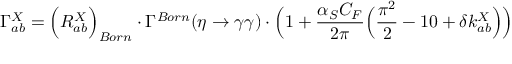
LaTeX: \Gamma _ { a b } ^ { X } = \Big ( R _ { a b } ^ { X } \Big ) _ { B o r n } \cdot \Gamma ^ { B o r n } ( \eta \to \gamma \gamma ) \cdot \Big ( 1 + \frac { \alpha _ { S } C _ { F } } { 2 \pi } \Big ( \frac { \pi ^ { 2 } } { 2 } - 1 0 + \delta k _ { a b } ^ { X } \Big ) \Big )